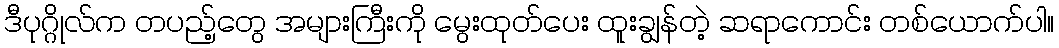
ဒီပုဂ္ဂိုလ်က တပည့်တွေ အများကြီးကို မွေးထုတ်ပေး ထူးချွန်တဲ့ ဆရာကောင်း တစ်ယောက်ပါ။